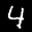
Label: 4